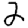
Digit: 2